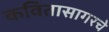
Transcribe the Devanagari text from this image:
कवितासागरचे